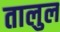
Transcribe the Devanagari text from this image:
तालुल